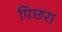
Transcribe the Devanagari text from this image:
पिछरा